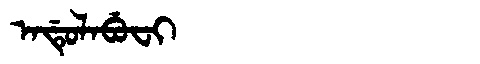
Manchu: ᠠᡩᡠᠯᠠᠪᡠᠸᡳ
Romanization: ADULABUFI